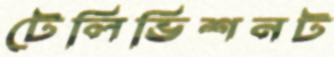
টেলিভিশনট